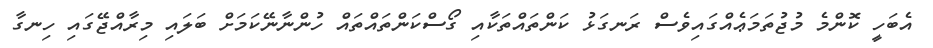
އެބަހީ ކޮންމެ މުޖުތަމަޢެއްގައިވެސް ރަނގަޅު ކަންތައްތަކާއި ގޯސްކަންތައްތައް ހުންނާނޭކަމަށް ބަލައި މިރާއްޖޭގައި ހިނގާ